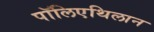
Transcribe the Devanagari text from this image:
पॉलिएथिलान